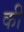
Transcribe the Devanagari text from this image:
की